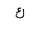
Letter: _kaf